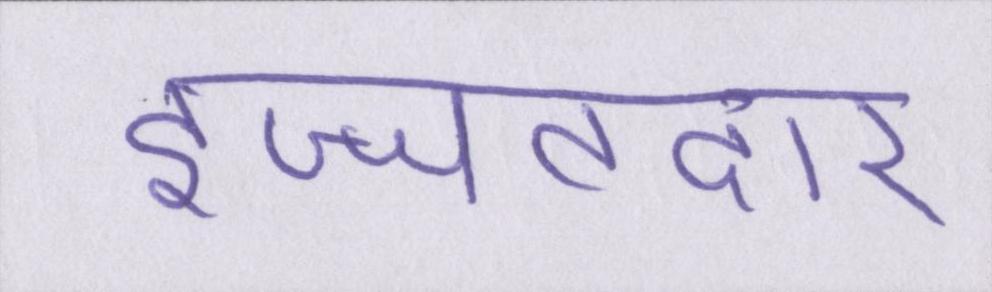
इज्जतदार